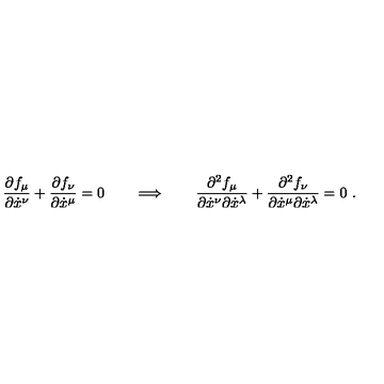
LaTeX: \frac { \partial f _ { \mu } } { \partial \dot { x } ^ { \nu } } + \frac { \partial f _ { \nu } } { \partial \dot { x } ^ { \mu } } = 0 \qquad \Longrightarrow \qquad \frac { \partial ^ { 2 } f _ { \mu } } { \partial \dot { x } ^ { \nu } \partial \dot { x } ^ { \lambda } } + \frac { \partial ^ { 2 } f _ { \nu } } { \partial \dot { x } ^ { \mu } \partial \dot { x } ^ { \lambda } } = 0 \ .